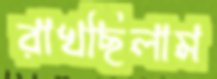
রাখছিলাম